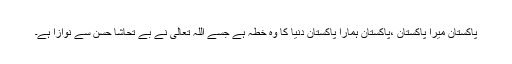
پاکستان میرا پاکستان ،پاکستان ہمارا پاکستان دنیا کا وہ خطہ ہے جسے اللہ تعالیٰ نے بے تحاشا حسن سے نوازا ہے۔